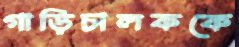
গাড়িচালককে